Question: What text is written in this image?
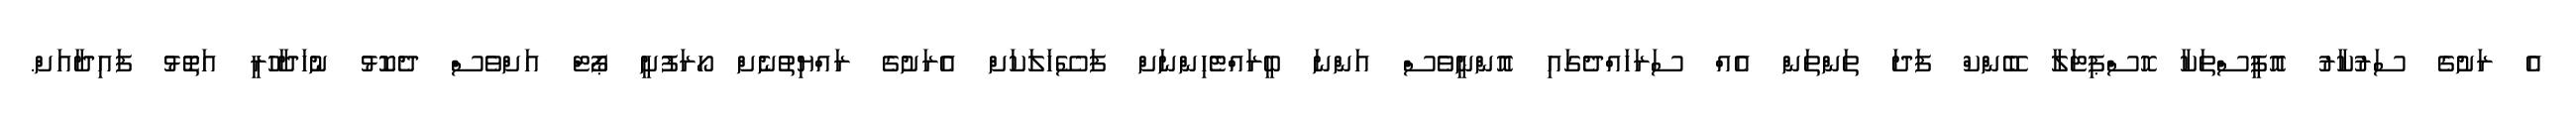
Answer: އެ ރަށުގެ ސަރުކާރު އޮފީސްތަކާ ހޮސްޕިޓަލާ ބޭންކް ފަދަ ތަންތަން އެއް ސަރަހައްދެގައި އޮންނީވެސް އަންނަ ބީރައްޓެހިންނަށް ފަސޭހަލަކަށް އެރަށުގެ ރައްޔިތުނެށް ހޯރަފުށީ ޕޯޓް އަށްވެސް ދެކޮޅު ނުހަދާހުރީ އަތޮޅު ފައިދާއަށް.